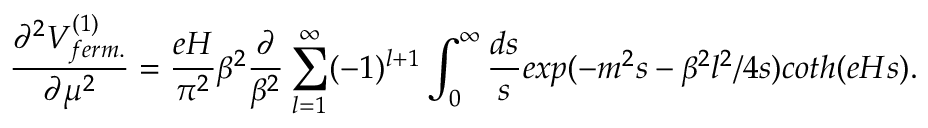
\frac { \partial ^ { 2 } V _ { f e r m . } ^ { ( 1 ) } } { \partial \mu ^ { 2 } } = \frac { e H } { \pi ^ { 2 } } \beta ^ { 2 } \frac { \partial } { \beta ^ { 2 } } \sum _ { l = 1 } ^ { \infty } ( - 1 ) ^ { l + 1 } \int _ { 0 } ^ { \infty } \frac { d s } { s } e x p ( - m ^ { 2 } s - \beta ^ { 2 } l ^ { 2 } / 4 s ) c o t h ( e H s ) .